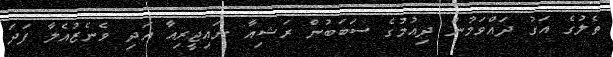
ތެލުގެ އަގު ދައްވަމުން ދިއުމުގެ ސަބަބުން ރަޝިއާ ނައިޖީރިއާ އަދި ވެނެޒުއެލާ ފަދަ